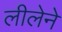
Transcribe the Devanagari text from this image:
लीलेने